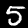
Digit: 5